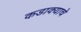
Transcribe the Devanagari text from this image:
कडाक्याचे